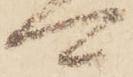
可